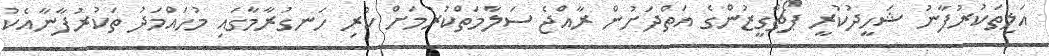
އަލިތަކުރުފާނު ޝަހީދުކުރީ ޕޯޗްގީޒުންގެ އަތްދަށުން ރާއްޖެ ސަލާމަތްކުރުމަށް ކުރި ހަނގުރާމާގައި މުހައްމަދު ތަކުރުފާނާއެކު